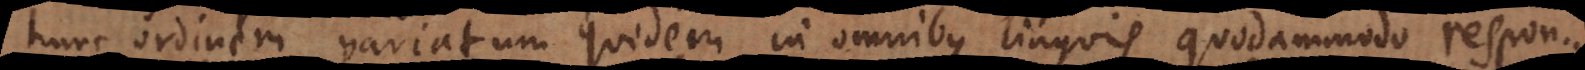
hunc ordinem variatum quidem in omnibus linguis quodammodo respon